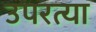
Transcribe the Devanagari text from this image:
उपरत्या